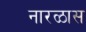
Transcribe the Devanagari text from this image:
नारळास